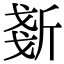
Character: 𣂧